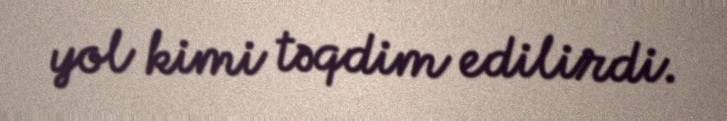
yol kimi təqdim edilirdi.